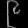
Digit: ၉